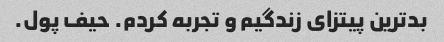
بدترین پیتزای زندگیم و تجربه کردم. حیف پول.